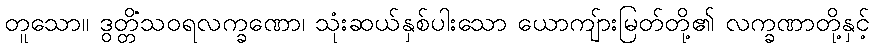
တူသော။ ဒွတ္တိံသဝရလက္ခဏော၊ သုံးဆယ်နှစ်ပါးသော ယောကျ်ားမြတ်တို့၏ လက္ခဏာတို့နှင့်